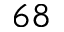
_ { 6 8 }